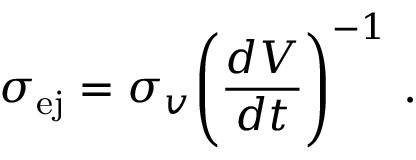
\sigma _ { \mathrm { e j } } = \sigma _ { v } \Bigg ( \frac { d V } { d t } \Bigg ) ^ { - 1 } ~ .